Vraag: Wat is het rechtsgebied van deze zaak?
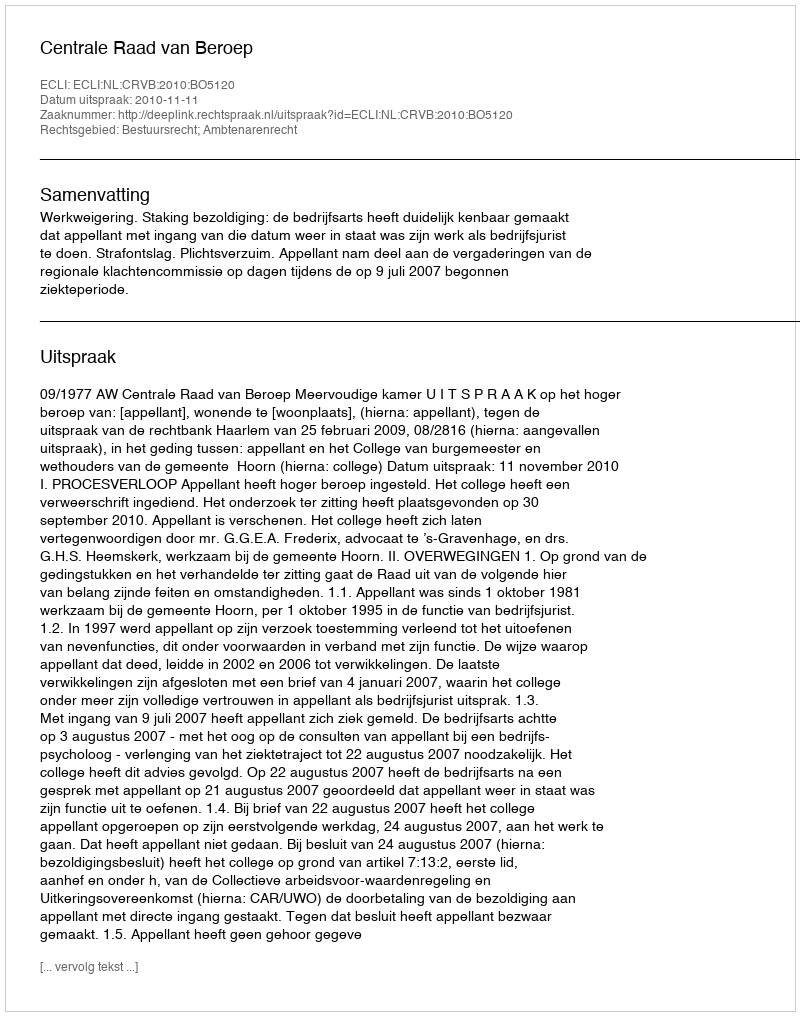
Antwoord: Bestuursrecht; Ambtenarenrecht